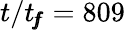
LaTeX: t/t_{\! f\! \! f}=809